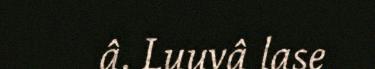
â. Luuvâ lase